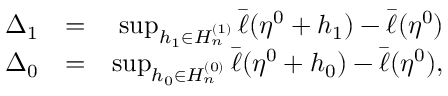
\begin{array} { r l r } { \Delta _ { 1 } } & { = } & { \operatorname* { s u p } _ { h _ { 1 } \in H _ { n } ^ { ( 1 ) } } \bar { \ell } ( \eta ^ { 0 } + h _ { 1 } ) - \bar { \ell } ( \eta ^ { 0 } ) } \\ { \Delta _ { 0 } } & { = } & { \operatorname* { s u p } _ { h _ { 0 } \in H _ { n } ^ { ( 0 ) } } \bar { \ell } ( \eta ^ { 0 } + h _ { 0 } ) - \bar { \ell } ( \eta ^ { 0 } ) , } \end{array}